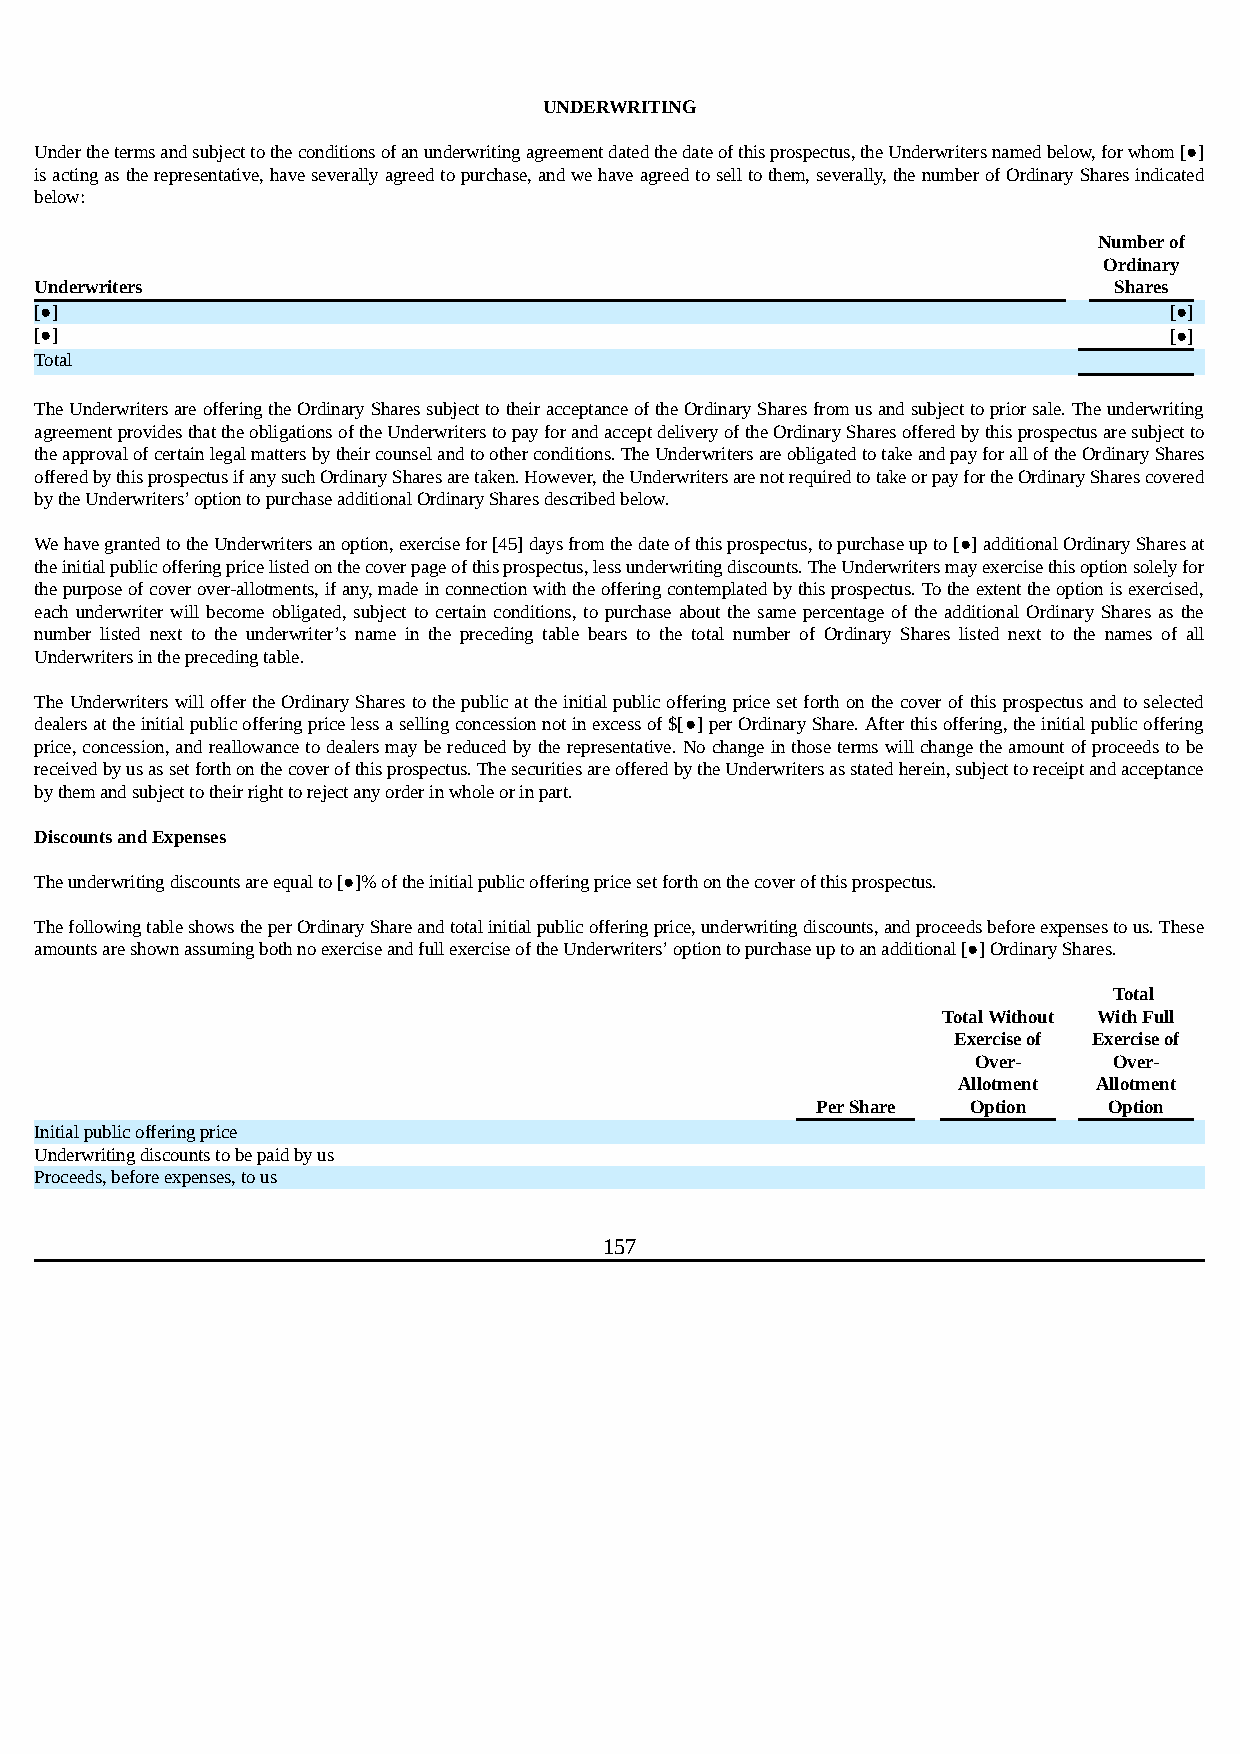
UNDERWRITING
 Under the terms and subject to the conditions of an underwriting agreement dated the date of this prospectus, the Underwriters named below, for whom [●]
 is acting as the representative, have severally agreed to purchase, and we have agreed to sell to them, severally, the number of Ordinary Shares indicated
 below:
 Number of
 Ordinary
 Underwriters                                                            Shares
 [●]                                                                        [●]
 [●]                                                                        [●]
 Total
 The Underwriters are offering the Ordinary Shares subject to their acceptance of the Ordinary Shares from us and subject to prior sale. The underwriting
 agreement provides that the obligations of the Underwriters to pay for and accept delivery of the Ordinary Shares offered by this prospectus are subject to
 the approval of certain legal matters by their counsel and to other conditions. The Underwriters are obligated to take and pay for all of the Ordinary Shares
 offered by this prospectus if any such Ordinary Shares are taken. However, the Underwriters are not required to take or pay for the Ordinary Shares covered
 by the Underwriters’ option to purchase additional Ordinary Shares described below.
 We have granted to the Underwriters an option, exercise for [45] days from the date of this prospectus, to purchase up to [●] additional Ordinary Shares at
 the initial public offering price listed on the cover page of this prospectus, less underwriting discounts. The Underwriters may exercise this option solely for
 the purpose of cover over-allotments, if any, made in connection with the offering contemplated by this prospectus. To the extent the option is exercised,
 each underwriter will become obligated, subject to certain conditions, to purchase about the same percentage of the additional Ordinary Shares as the
 number listed next to the underwriter’s name in the preceding table bears to the total number of Ordinary Shares listed next to the names of all
 Underwriters in the preceding table.
 The Underwriters will offer the Ordinary Shares to the public at the initial public offering price set forth on the cover of this prospectus and to selected
 dealers at the initial public offering price less a selling concession not in excess of $[●] per Ordinary Share. After this offering, the initial public offering
 price, concession, and reallowance to dealers may be reduced by the representative. No change in those terms will change the amount of proceeds to be
 received by us as set forth on the cover of this prospectus. The securities are offered by the Underwriters as stated herein, subject to receipt and acceptance
 by them and subject to their right to reject any order in whole or in part.
 Discounts and Expenses
 The underwriting discounts are equal to [●]% of the initial public offering price set forth on the cover of this prospectus.
 The following table shows the per Ordinary Share and total initial public offering price, underwriting discounts, and proceeds before expenses to us. These
 amounts are shown assuming both no exercise and full exercise of the Underwriters’ option to purchase up to an additional [●] Ordinary Shares.
 Total
 Total Without With Full
 Exercise of Exercise of
 Over-    Over-
 Allotment Allotment
 Per Share Option   Option
 Initial public offering price
 Underwriting discounts to be paid by us
 Proceeds, before expenses, to us
 157